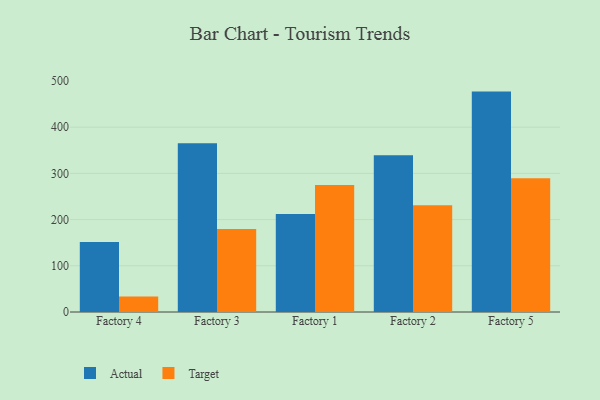
{"axis": {"x": "Factory", "y": "Bounce Rate (%)"}, "legend": ["Actual", "Target"], "data": [{"x": "Factory 4", "y": 151.6, "type": "Actual"}, {"x": "Factory 4", "y": 33.4, "type": "Target"}, {"x": "Factory 3", "y": 365.2, "type": "Actual"}, {"x": "Factory 3", "y": 179.7, "type": "Target"}, {"x": "Factory 1", "y": 212.0, "type": "Actual"}, {"x": "Factory 1", "y": 274.6, "type": "Target"}, {"x": "Factory 2", "y": 339.0, "type": "Actual"}, {"x": "Factory 2", "y": 231.1, "type": "Target"}, {"x": "Factory 5", "y": 477.0, "type": "Actual"}, {"x": "Factory 5", "y": 289.5, "type": "Target"}]}